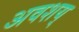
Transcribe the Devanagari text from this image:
अवशय्